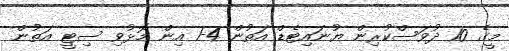
މީގެ 10 ދުވަސްކުރިން ޔުނައިޓެޑް އަތުން 4-1 އިން މޮޅުވި ސިޓީ އަތުން